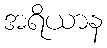
အရိယာန